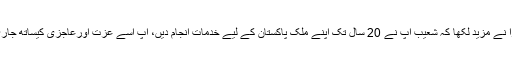
ثانیہ مرزا نے مزید لکھا کہ شعیب آپ نے 20 سال تک اپنے ملک پاکستان کے لیے خدمات انجام دیں، آپ اسے عزت اورعاجزی کیساتھ جاری رکھیں۔